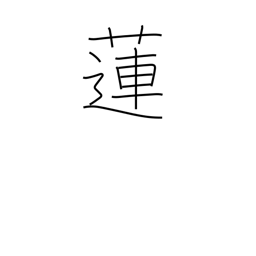
Meaning: lotus